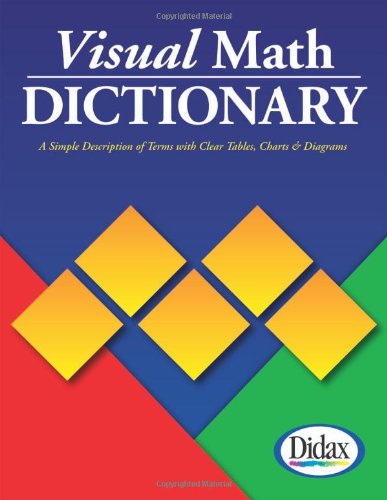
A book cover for Visual Math Dictionary; Don Balka; Science & Math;